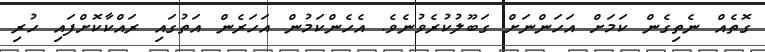
ގޮތެއް ނެތިގެން ކަމަށް އަހަންނަށް ގަބޫލުކުރެވުނެވެ. އެހެންކަމުން އަހަރެން އަތުގައި ރައްކާކޮށްފައި ހުރި